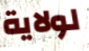
لولاية